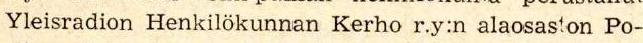
Yleisradion Henkilökunnan Kerho r.y:n alaosaston Po-